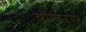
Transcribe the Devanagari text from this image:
व्याकरण्